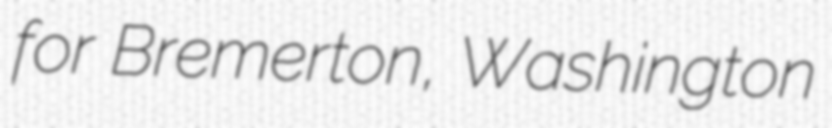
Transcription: for Bremerton, Washington